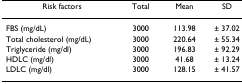
<table><thead><tr><td><b>Risk factors</b></td><td><b>Total</b></td><td><b>Mean</b></td><td><b>SD</b></td></tr></thead><tbody><tr><td>FBS (mg/dL)</td><td>3000</td><td>113.98</td><td>± 37.02</td></tr><tr><td>Total cholesterol (mg/dL)</td><td>3000</td><td>220.64</td><td>± 55.34</td></tr><tr><td>Triglyceride (mg/dl)</td><td>3000</td><td>196.83</td><td>± 92.29</td></tr><tr><td>HDLC (mg/dl)</td><td>3000</td><td>41.68</td><td>± 13.24</td></tr><tr><td>LDLC (mg/dl)</td><td>3000</td><td>128.15</td><td>± 41.57</td></tr></tbody></table>